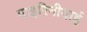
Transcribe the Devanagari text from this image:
पाइरिनीयाई